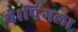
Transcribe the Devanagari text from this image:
थे।पिंगला